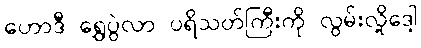
ဟောဒီ ရွှေပွဲလာ ပရိသတ်ကြီးကို လွမ်းလို့ဒေါ့